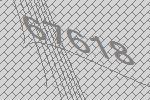
67618